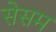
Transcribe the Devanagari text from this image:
सेसम